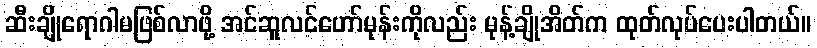
ဆီးချိုရောဂါမဖြစ်လာဖို့ အင်ဆူလင်ဟော်မုန်းကိုလည်း မုန့်ချိုအိတ်က ထုတ်လုပ်ပေးပါတယ်။